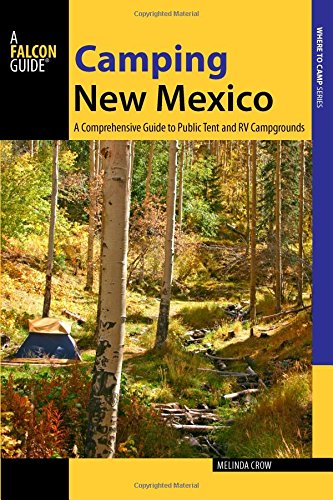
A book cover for Camping New Mexico: A Comprehensive Guide to Public Tent and RV Campgrounds (State Camping Series); Melinda Crow; Sports & Outdoors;